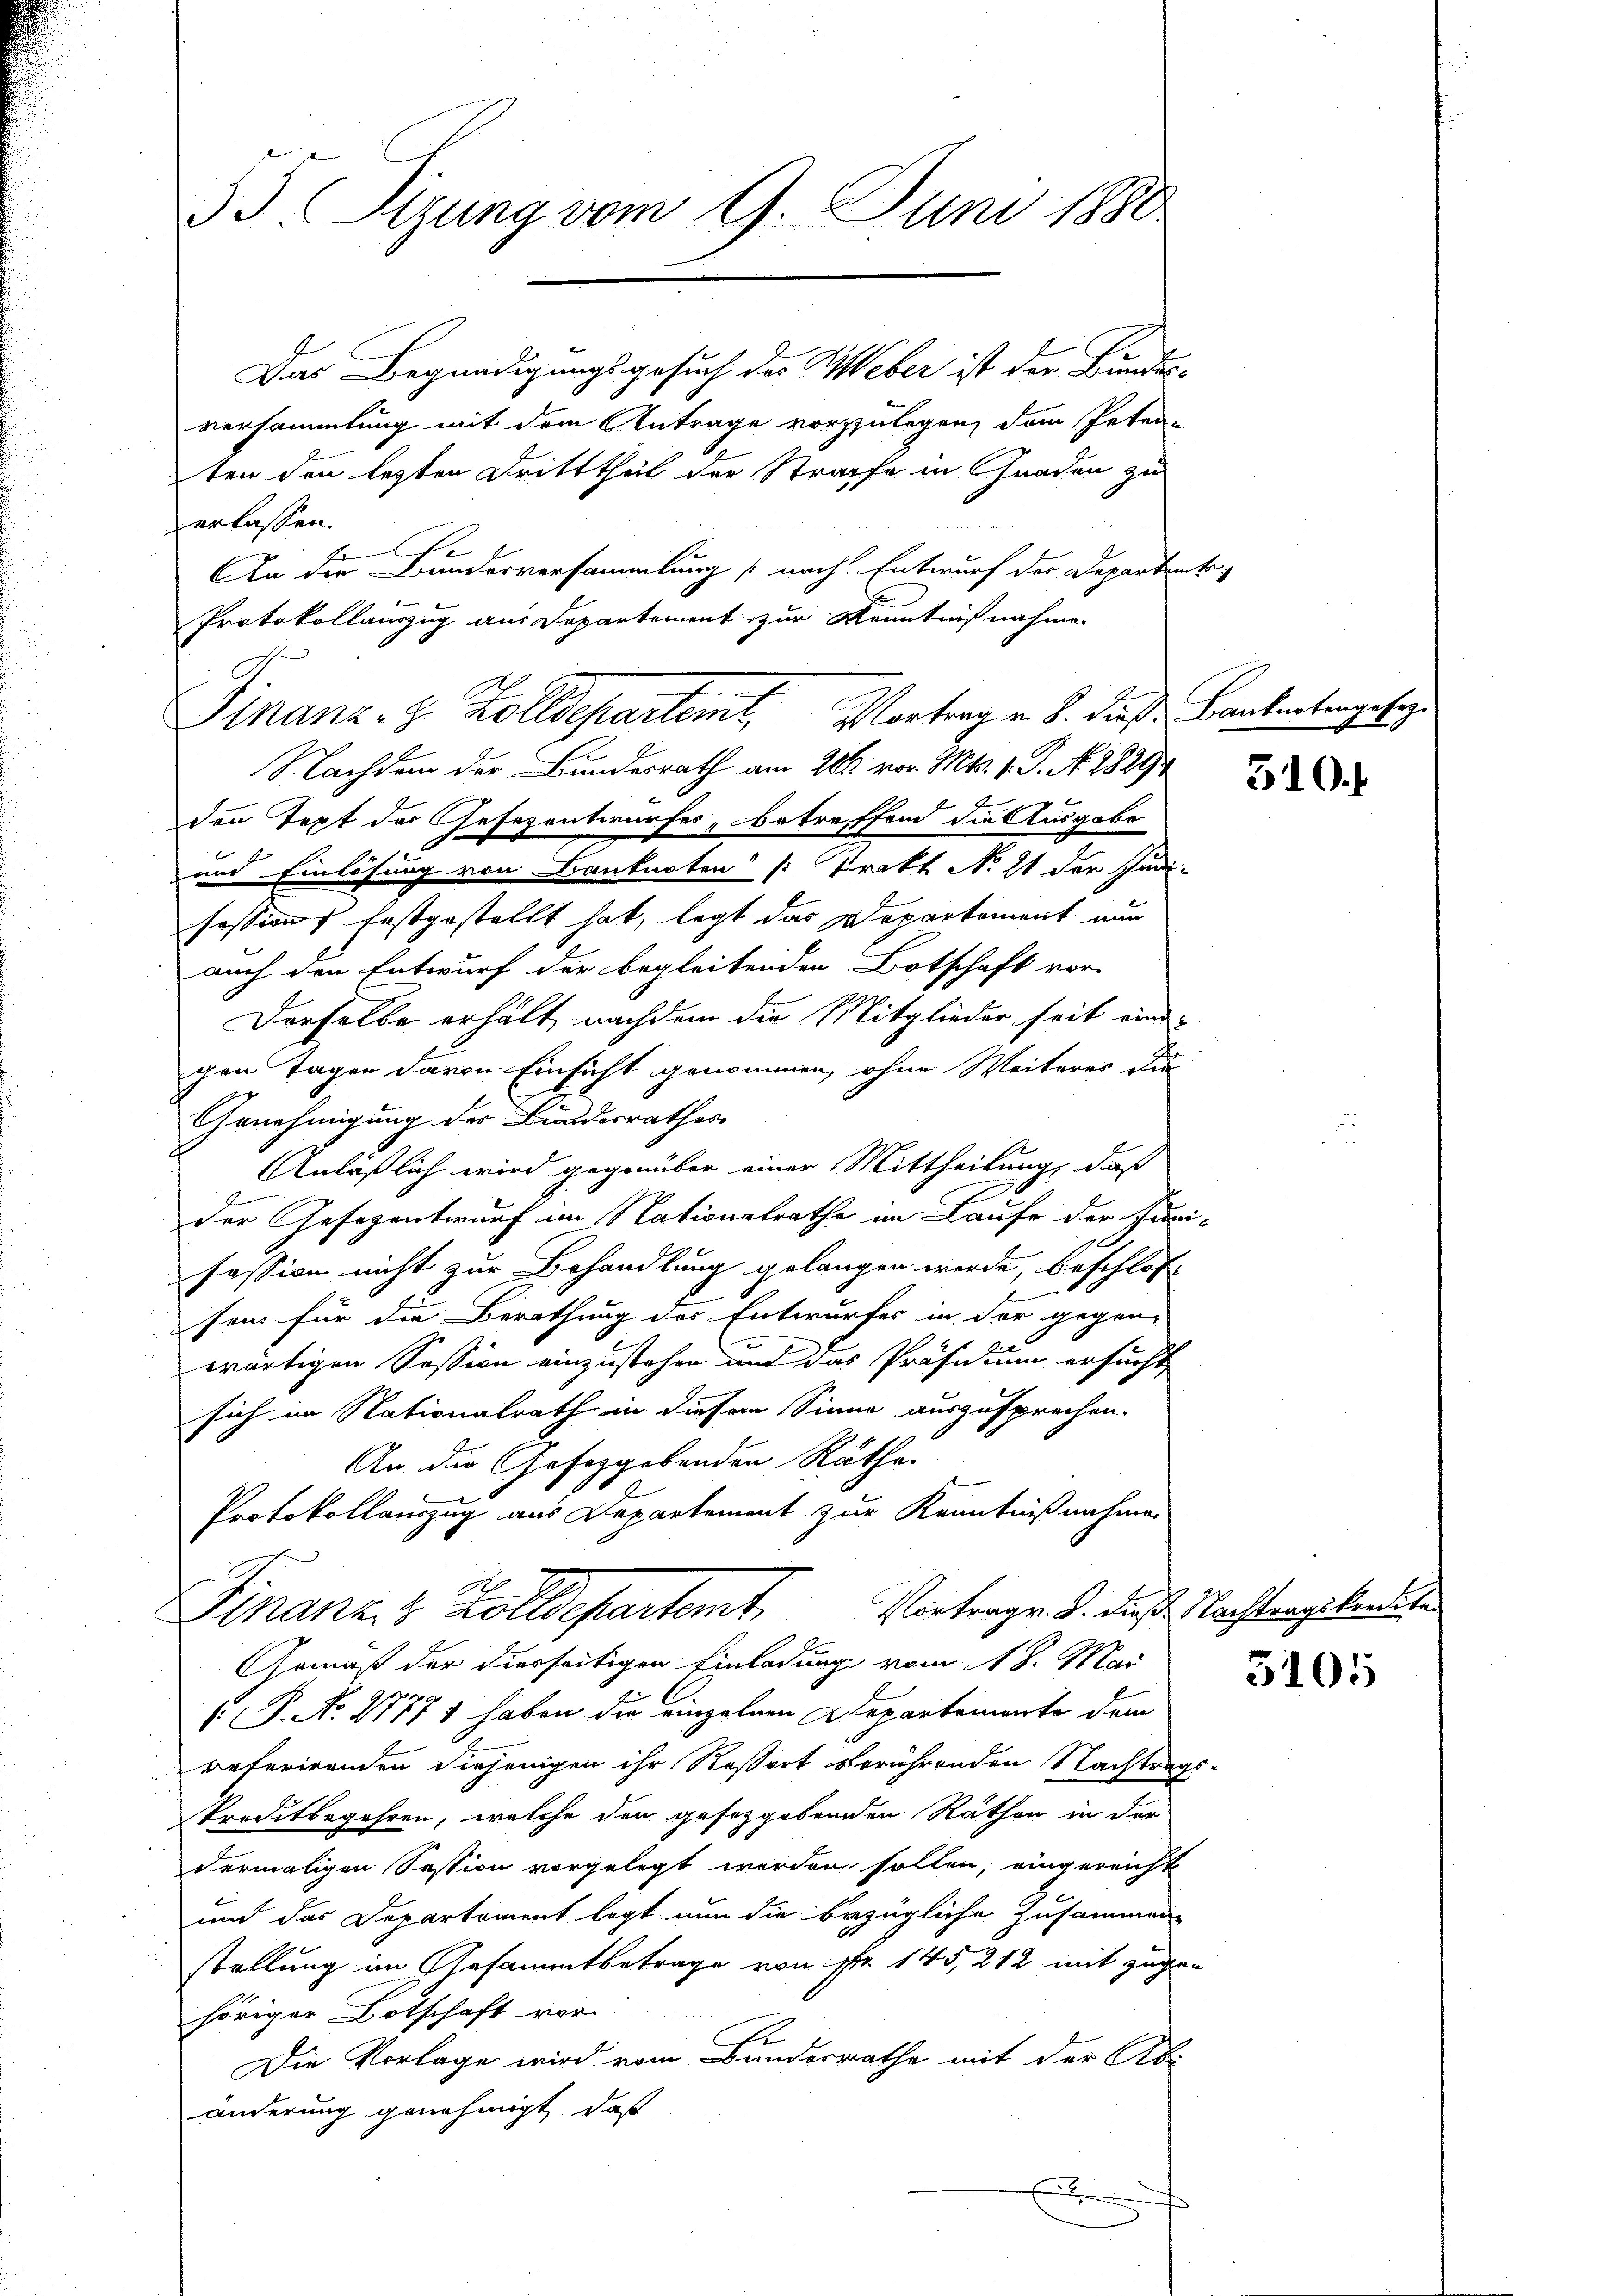
55. Tizung vom 9. Juni 1880

Das Begnadigungsgesuch des Weber ist der Bundes-
versammlung mit dem Antrage vorzulegen, dem Peten-
ten den lezten Dritttheil der Strafe in Gnaden zu
erlassen.
An die Bundesversammlung nach Entwurf der Departente,
Protokollauszug aus Departement zur Kenntnißnahme
Nachdem der Bundesrath am 26. vor. Mts. 1. P. N. 1889
den Text der Gesezentwurfes, betreffend die Ausgabe
und Einlösung von Banknoten /: Prakt No 11 der Juni-
sessions festgestellt hat, legt das Departement nun
auch den Entwurf der begleitenden Botschaft vor-
Derselbe erhält, nachdem die Mitglieder seit eindgen Tagen davon Einsicht genommen, ohne Weiterer die
Genehmigung der Bundesrathes
Anläßlich wird gegenüber einer Mittheilung, daß
der Gesezentwurf im Nationalrathe im Laufe der Juni-
fession nicht zur Behandlung gelangen werde, beschlos
son für die Berathung des Entwurfes in der gegen-
wärtigen Session einzustehen und das Präsidium ersucht
sich im Nationalrath in diesen Sinne auszusprechen.
An die Gesetzgebenden Räthe
Protokollauszug aus Departement zur Kenntnißnahme
Vortrage. S. dieß Nachtragskredite
Franz u. Zolldepartent
Gemäß der diesseitigen Einladung vom 18. Mai
 P. No. 27771 haben die einzelnen Departemonte dem
referirenden diejenigen ihr Resort berührenden Nachtrags-
Preditbegehren, welche den gesetzgebenden Räthen in der
dermaligen Session vorgelegt werden sollen, eingereicht
und das Departement legt nun die bezügliche Zusammen
stellung im Gesammtbetrage von pr 145, 212 mit zugehöriger Botschaft vor.
Die Vorlage wird vom Bundesrathe mit der Ab
änderung genehmigt, daß
E

e
Finanz- z. Zolldepartemt, Vortrag v. 8. dieß Banknotengesez

510.

3105